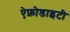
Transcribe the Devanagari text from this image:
ऐफ्रोडाइटी